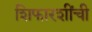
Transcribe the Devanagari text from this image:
शिफारशींची